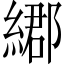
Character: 𦄄